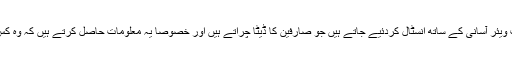
عام طور پر سمارٹ فونز پر ایسے سافٹ ویئر آسانی کے ساتھ انسٹال کردئیے جاتے ہیں جو صارفین کا ڈیٹا چراتے ہیں اور خصوصاً یہ معلومات حاصل کرتے ہیں کہ وہ کس طرح کی ویب سائٹیں وزٹ کرتے ہیں۔